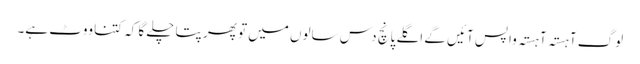
لوگ آہستہ آہستہ واپس آئیں گے اگلے پانچ دس سالوں میں تو پھر پتا چلے گا کہ کتنا ووٹ ہے۔